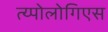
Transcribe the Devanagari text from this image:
त्य्पोलोगिएस